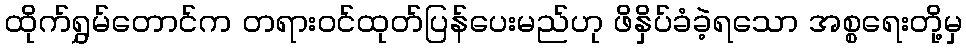
ထိုက်ရွှမ်တောင်က တရားဝင်ထုတ်ပြန်ပေးမည်ဟု ဖိနှိပ်ခံခဲ့ရသော အစ္စရေးတို့မှ